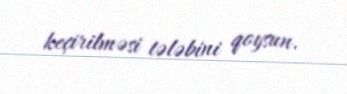
keçirilməsi tələbini qoysun.